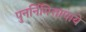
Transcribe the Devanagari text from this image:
पुनर्निमित्तापाये